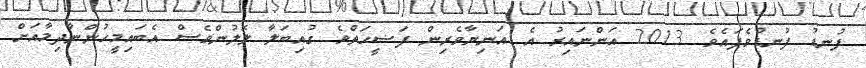
ފުނޑު ފުނޑުވެފައެވެ. 2013 އަންނައިރު އެ އަނިޔާވެރިން ފަޟީޙަތްވެ ގުއިބަލާ ލޮލުންވެސް އެބައިމީހުންނާދިމާއަށް